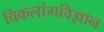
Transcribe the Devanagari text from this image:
विकलांगविज्ञान